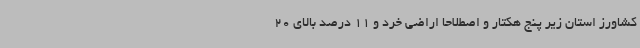
کشاورز استان زیر پنج هکتار و اصطلاحا اراضی خرد و 11 درصد بالای 20